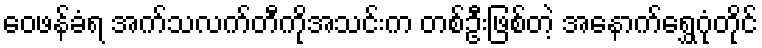
ဝေဖန်ခံရ အက်သလက်တီကိုအသင်းက တစ်ဦးဖြစ်တဲ့ အနောက်ရွှေဂုံတိုင်